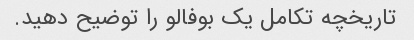
تاریخچه تکامل یک بوفالو را توضیح دهید.